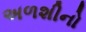
અળશીનો